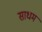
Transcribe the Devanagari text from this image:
साधम